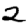
Digit: 2